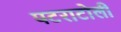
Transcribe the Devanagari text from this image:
पटराटोली